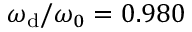
\omega _ { \mathrm { d } } / \omega _ { 0 } = 0 . 9 8 0